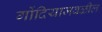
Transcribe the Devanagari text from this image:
गोंदियाजवळील